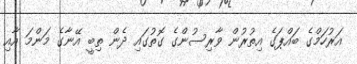
އަރުހަމްގެ ބައްޕަގެ އިތުރުން ވާރިސުންގެ ގޮތުގައި ދެން ތިބީ އޭނާގެ މަންމަ އާއި